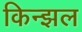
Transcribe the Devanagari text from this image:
किन्झल